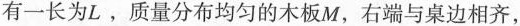
有一长为L，质量分布均匀的木板M，右端与桌边相齐，